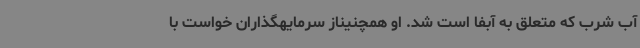
آب شرب که متعلق به آبفا است شد. او همچنیناز سرمایهگذاران خواست با